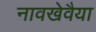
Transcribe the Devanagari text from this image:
नावखेवैया